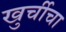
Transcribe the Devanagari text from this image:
खुर्चीचा